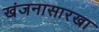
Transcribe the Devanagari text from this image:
खंजनासारखा